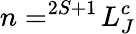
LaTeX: n=^{2S+1}\! L_{J}^{c}